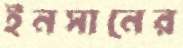
ইনসানের